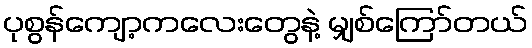
ပုစွန်ကျော့ကလေးတွေနဲ့ မျှစ်ကြော်တယ်